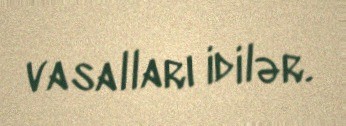
vasalları idilər.